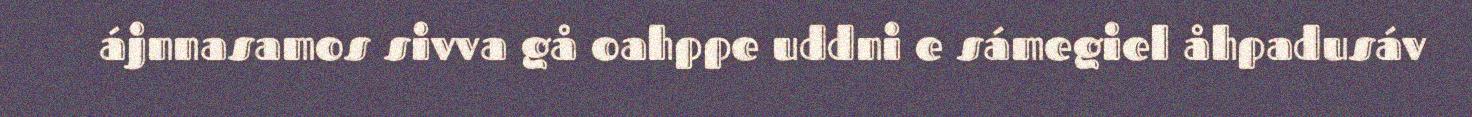
ájnnasamos sivva gå oahppe uddni e sámegiel åhpadusáv